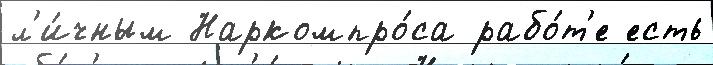
л'и́чным Наркомпро́са рабо́т'е есть